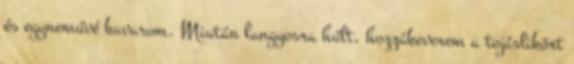
és egyneművé kavarom. Miután langyosra hűlt, hozzákeverem a tojáslikőrt